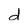
Character: d